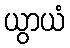
ယွာယံ